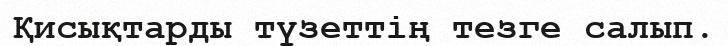
Қисықтарды түзеттің тезге салып.